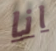
انا